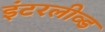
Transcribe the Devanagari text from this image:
इंटरलीव्ड